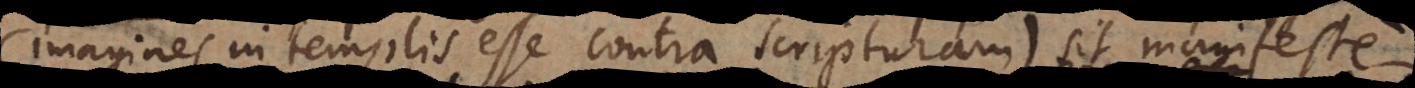
(imagines in templis esse contra Scripturam) sit manifeste